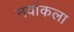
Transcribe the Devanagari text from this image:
नवांकला